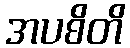
အပစိတိ